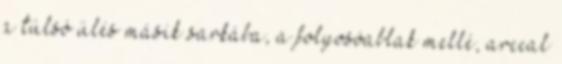
a túlsó ülés másik sarkába, a folyosóablak mellé, arccal